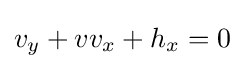
v_{y}+vv_{x}+h_{x}=0